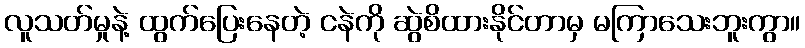
လူသတ်မှုနဲ့ ထွက်ပြေးနေတဲ့ ငနဲကို ဆွဲစိထားနိုင်တာမှ မကြာသေးဘူးကွာ။